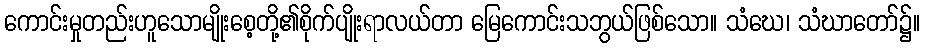
ကောင်းမှုတည်းဟူသောမျိုးစေ့တို့၏စိုက်ပျိုးရာလယ်တာ မြေကောင်းသဘွယ်ဖြစ်သော။ သံဃေ၊ သံဃာတော်၌။